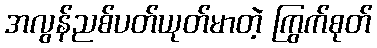
အလွန်ညစ်ပတ်ယုတ်မာတဲ့ ကြွက်စုတ်